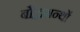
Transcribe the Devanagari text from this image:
बौद्धग्रन्थों